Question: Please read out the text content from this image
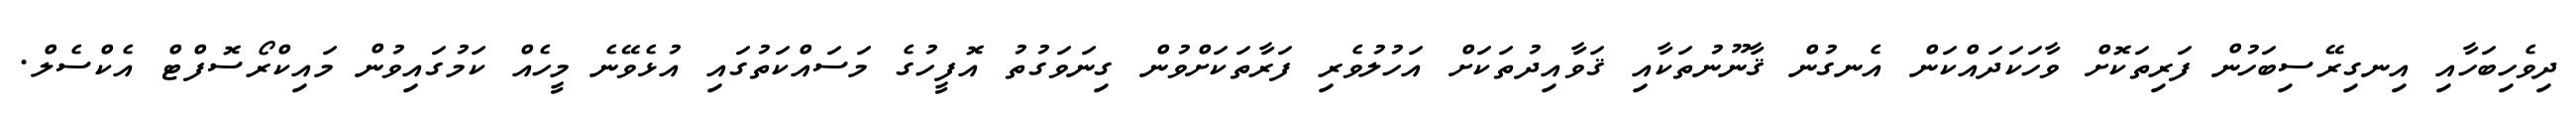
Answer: ދިވެހިބަހާއި އިނގިރޭސިބަހުން ފަރިތަކޮށް ވާހަކަދައްކަން އެނގުން ޤާނޫނުތަކާއި ޤަވާއިދުތަކަށް އަހުލުވެރި ފަރާތަކަށްވުން ގިނަވަގުތު އޮފީހުގެ މަސައްކަތުގައި އުޅެވޭނެ މީހެއް ކަމުގައިވުން މައިކްރޯސޮފްޓް އެކްސެލް.